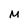
Character: M